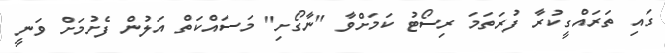
ގައި ތަރައްގީކުރާ ފުރަތަމަ ރިސޯޓު ކަމަށްވާ "ނާގޯށިި" މަސައްކަތް އަލުން ފެށުމަށް ވަނީ